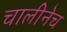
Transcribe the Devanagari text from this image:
चालीनेच